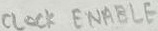
Text: CLOCK ENABLE